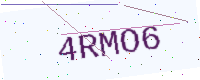
Text: 4RMO6